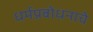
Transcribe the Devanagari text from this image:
धर्मप्रबोधनाचे